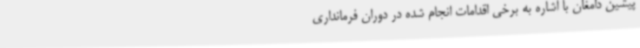
پیشین دامغان با اشاره به برخی اقدامات انجام شده در دوران فرمانداری